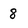
Character: 8